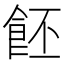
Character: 𩚼